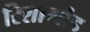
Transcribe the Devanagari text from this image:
रिशामांड